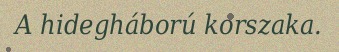
A hidegháború korszaka.